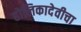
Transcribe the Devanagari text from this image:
होलिकादेवीचा